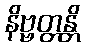
နိဗ္ဗတ္တန္တိ